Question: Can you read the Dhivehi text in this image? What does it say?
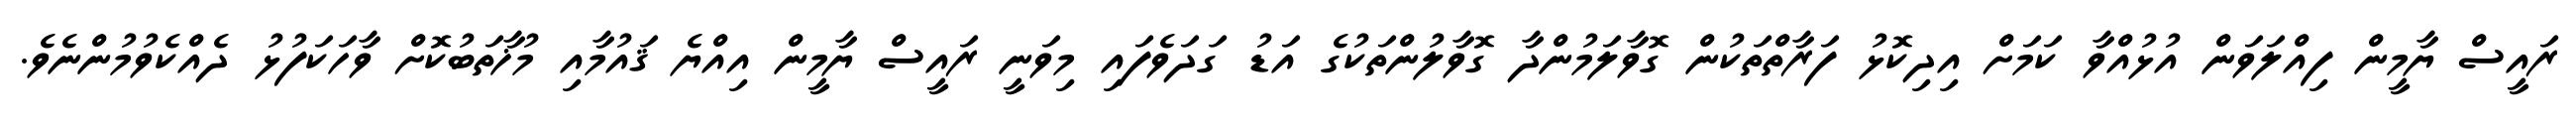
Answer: ރައީސް ޔާމީން ފިއްލަވަން އުޅުއްވާ ކަމަށް އިދިކޮޅު ފަރާތްތަކުން ގޮވާލަމުންދާ ގޮވާލުންތަކުގެ އަޑު ގަދަވެފައި މިވަނީ ރައީސް ޔާމީން އިއްޔެ ޤައުމާއި މުޚާތަބުކޮށް ވާހަކަފުޅު ދެއްކެވުމުންނެވެ.